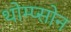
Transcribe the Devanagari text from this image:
थोम्प्सोन